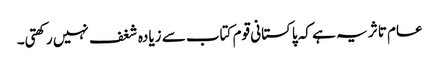
عام تاثر یہ ہے کہ پاکستانی قوم کتاب سے زیادہ شغف نہیں رکھتی۔